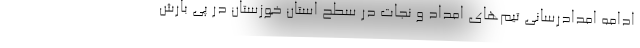
ادامه امدادرسانی تیم‌های امداد و نجات در سطح استان خوزستان در پی بارش